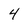
Character: 4